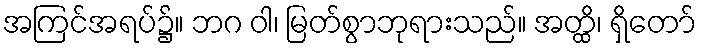
အကြင်အရပ်၌။ ဘဂ ဝါ၊ မြတ်စွာဘုရားသည်။ အတ္ထိ၊ ရှိတော်